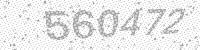
Solution: 560472